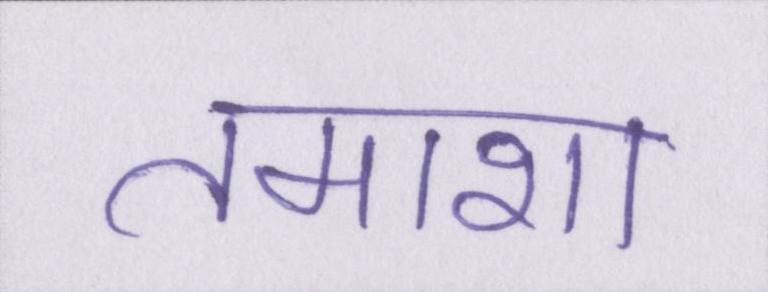
तमाशा